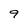
Character: 9